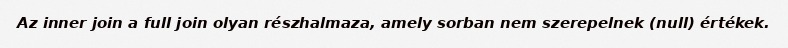
Az inner join a full join olyan részhalmaza, amely sorban nem szerepelnek (null) értékek.